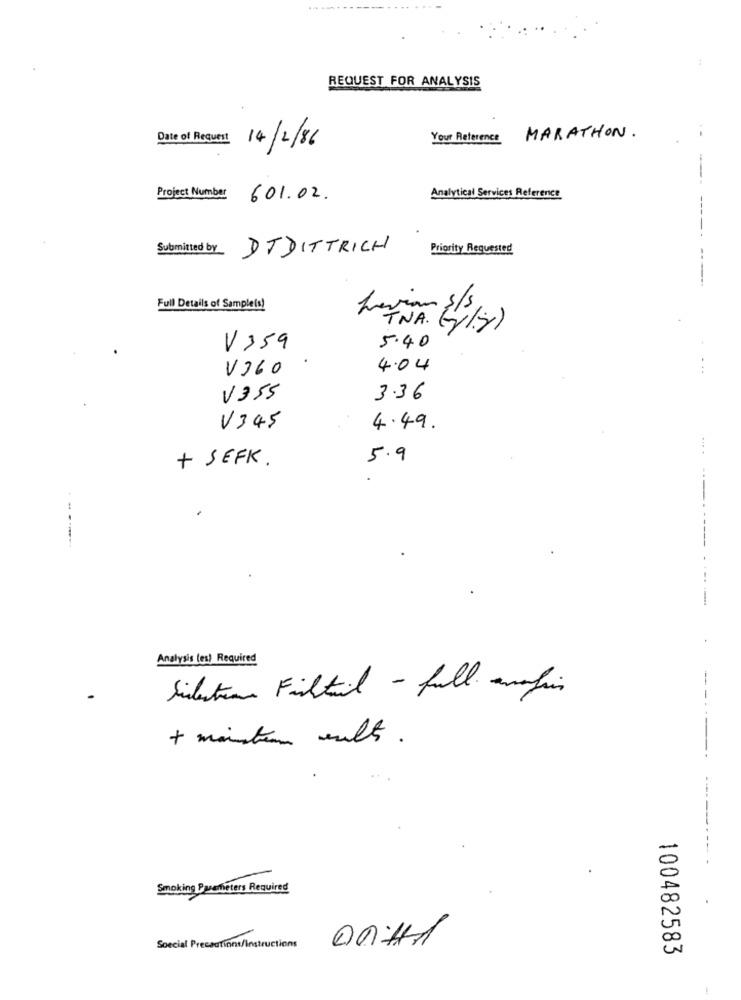
-------
---
:
REQUEST FOR ANALYSIS
MARATHON.
Your Reference
Date of Request 14/2/86
Analytical Services Reference
Project Number
601.02.
Submitted by
Priority Requested
DTDITTRICH
--- --------
Full Details of Sampleis!
Levian s/s,
TNA. (y/y)
V 359
5.40
V360
4.04
V355
3.36
V345
4.49.
5.9
+ SEFK .
------------.
Analysis (es) Required
Silentran Fühtail - full. amafin
Smoking Parameters Required
Special Precautions/instructions
100482583